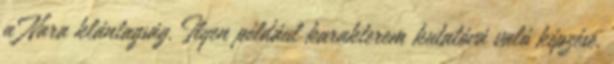
a Nara klántagság. Ilyen például karakterem kutatóvá való képzése,